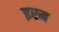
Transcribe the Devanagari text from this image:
इरम